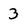
Character: 3